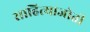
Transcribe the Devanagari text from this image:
साहित्याजोती